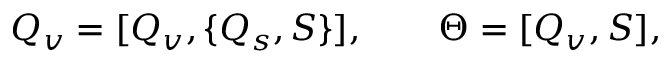
{ \cal Q } _ { v } = [ { \cal Q } _ { v } , \{ { \cal Q } _ { s } , S \} ] , \quad \quad \Theta = [ { \cal Q } _ { v } , S ] ,